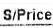
S/PRICE